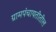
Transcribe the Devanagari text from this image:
ग्रामपंचायतीतील